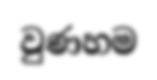
වුණහම